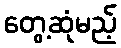
တွေ့ဆုံမည့်